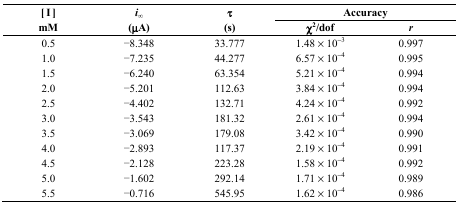
<table><thead><tr><td rowspan="3"><b>[I] mM</b></td><td rowspan="3"><b><i>i</i><sub>∞</sub>(μA)</b></td><td rowspan="3"><b>τ (s)</b></td><td colspan="2"><b>Accuracy</b></td></tr><tr><td><b>χ<sup>2</sup>/dof</b></td><td><b><i>r</i></b></td></tr></thead><tbody><tr><td>0.5</td><td>−8.348</td><td>33.777</td><td>1.48 × 10<sup>−3</sup></td><td>0.997</td></tr><tr><td>1.0</td><td>−7.235</td><td>44.277</td><td>6.57 × 10<sup>−4</sup></td><td>0.995</td></tr><tr><td>1.5</td><td>−6.240</td><td>63.354</td><td>5.21 × 10<sup>−4</sup></td><td>0.994</td></tr><tr><td>2.0</td><td>−5.201</td><td>112.63</td><td>3.84 × 10<sup>−4</sup></td><td>0.994</td></tr><tr><td>2.5</td><td>−4.402</td><td>132.71</td><td>4.24 × 10<sup>−4</sup></td><td>0.992</td></tr><tr><td>3.0</td><td>−3.543</td><td>181.32</td><td>2.61 × 10<sup>−4</sup></td><td>0.994</td></tr><tr><td>3.5</td><td>−3.069</td><td>179.08</td><td>3.42 × 10<sup>−4</sup></td><td>0.990</td></tr><tr><td>4.0</td><td>−2.893</td><td>117.37</td><td>2.19 × 10<sup>−4</sup></td><td>0.991</td></tr><tr><td>4.5</td><td>−2.128</td><td>223.28</td><td>1.58 × 10<sup>−4</sup></td><td>0.992</td></tr><tr><td>5.0</td><td>−1.602</td><td>292.14</td><td>1.71 × 10<sup>−4</sup></td><td>0.989</td></tr><tr><td>5.5</td><td>−0.716</td><td>545.95</td><td>1.62 × 10<sup>−4</sup></td><td>0.986</td></tr></tbody></table>